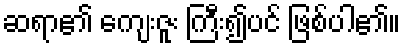
ဆရာ၏ ကျေးဇူး ကြီး၍ပင် ဖြစ်ပါ၏။